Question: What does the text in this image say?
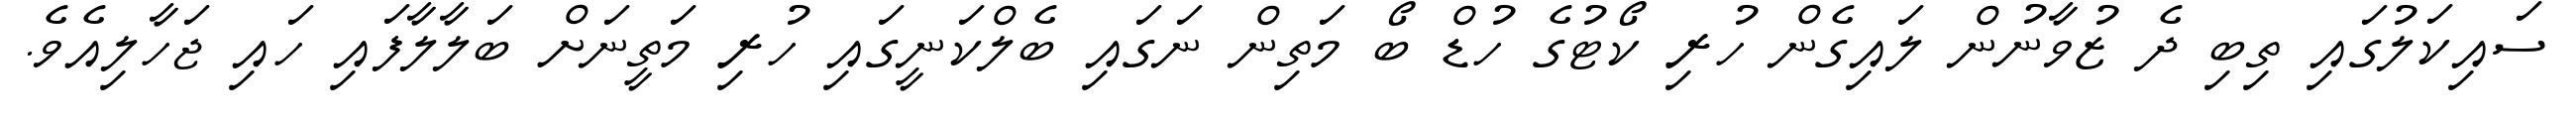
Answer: ސައިކަލުގައި ތިބި ދެ ޒުވާނުން ލައިގެން ހުރި ކޯޓުގެ ހުޑް ބޯ މަތިން ނަގައި ބެލްކަނީގައި ހުރި މަތީނަށް ބަލާލާފައި ހައި ޖަހާލިއެވެ.